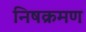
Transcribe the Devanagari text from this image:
निषक्रमण